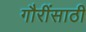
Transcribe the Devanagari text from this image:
गौरींसाठी